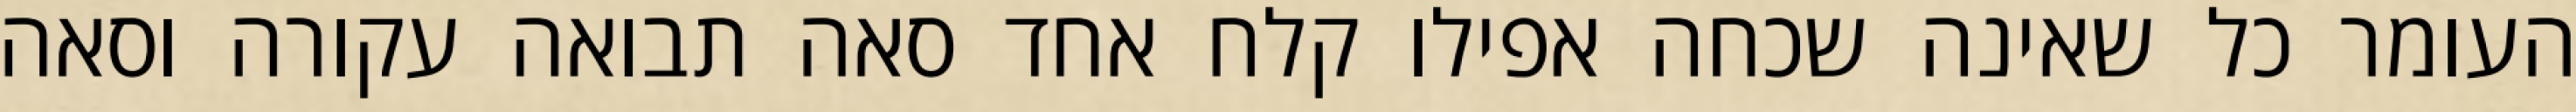
העומר כל שאינה שכחה אפילו קלח אחד סאה תבואה עקורה וסאה